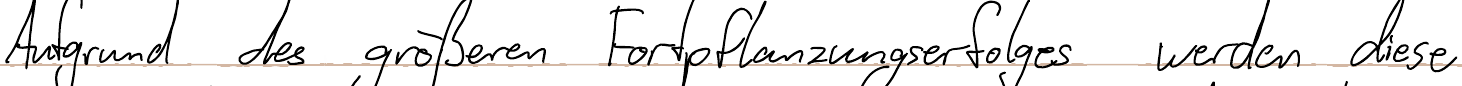
Aufgrund des größeren Fortpflanzungserfolges werden diese